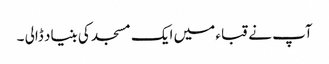
آپ نے قباء میں ایک مسجد کی بنیاد ڈالی ۔